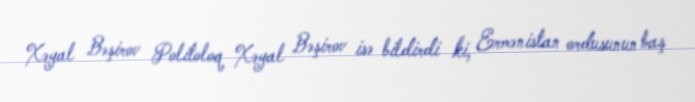
Xəyal Bəşirov Politoloq Xəyal Bəşirov isə bildirdi ki, Ermənistan ordusunun baş